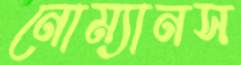
নোম্যানস